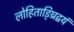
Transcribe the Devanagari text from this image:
लोहिताङ्घ्रिद्वयं